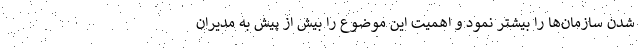
شدن سازمان‌ها را بیشتر نمود و اهمیت این موضوع را بیش از پیش به مدیران